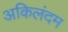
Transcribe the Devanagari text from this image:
अकिलंदम